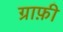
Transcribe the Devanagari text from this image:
ग्राफ़ी